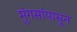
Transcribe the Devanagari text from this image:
मुंगसांपासून